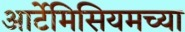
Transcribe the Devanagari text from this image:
आर्टेमिसियमच्या